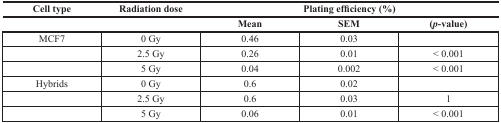
| Cell type | Radiation dose | <COLSPAN=3> Plating efficiency (%) |
 |  |  | Mean | SEM | (p-value) |
 | --- | --- | --- | --- | --- |
 | MCF7 | 0 Gy | 0.46 | 0.03 |  |
 |  | 2.5 Gy | 0.26 | 0.01 | < 0.001 |
 |  | 5 Gy | 0.04 | 0.002 | < 0.001 |
 | Hybrids | 0 Gy | 0.6 | 0.02 |  |
 |  | 2.5 Gy | 0.6 | 0.03 | 1 |
 |  | 5 Gy | 0.06 | 0.01 | < 0.001 |